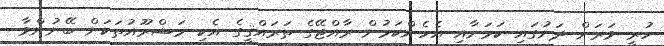
ހުރީ ވަރަށް ދަށުގައި ކަމަށާއި އެހެންކަމުން ރާއްޖޭގެ ތަރައްޤީގެ އެކި މަޝްރޫއުތަކަށް ބޭނުންވާ